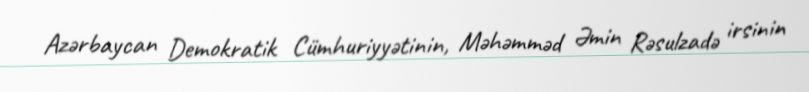
Azərbaycan Demokratik Cümhuriyyətinin, Məhəmməd Əmin Rəsulzadə irsinin